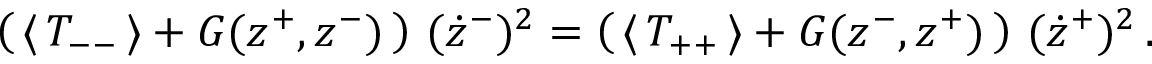
\left( \, \langle \, T _ { -- } \, \rangle + G ( z ^ { + } , z ^ { - } ) \, \right) \, ( \dot { z } ^ { - } ) ^ { 2 } = \left( \, \langle \, T _ { + + } \, \rangle + G ( z ^ { - } , z ^ { + } ) \, \right) \, ( \dot { z } ^ { + } ) ^ { 2 } \, .